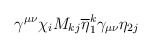
\begin{align*}\gamma^{\mu\nu} \chi_{i} M_{kj} \overline{\eta}^{k}_{1} \gamma_{\mu\nu}\eta_{2 j}\end{align*}